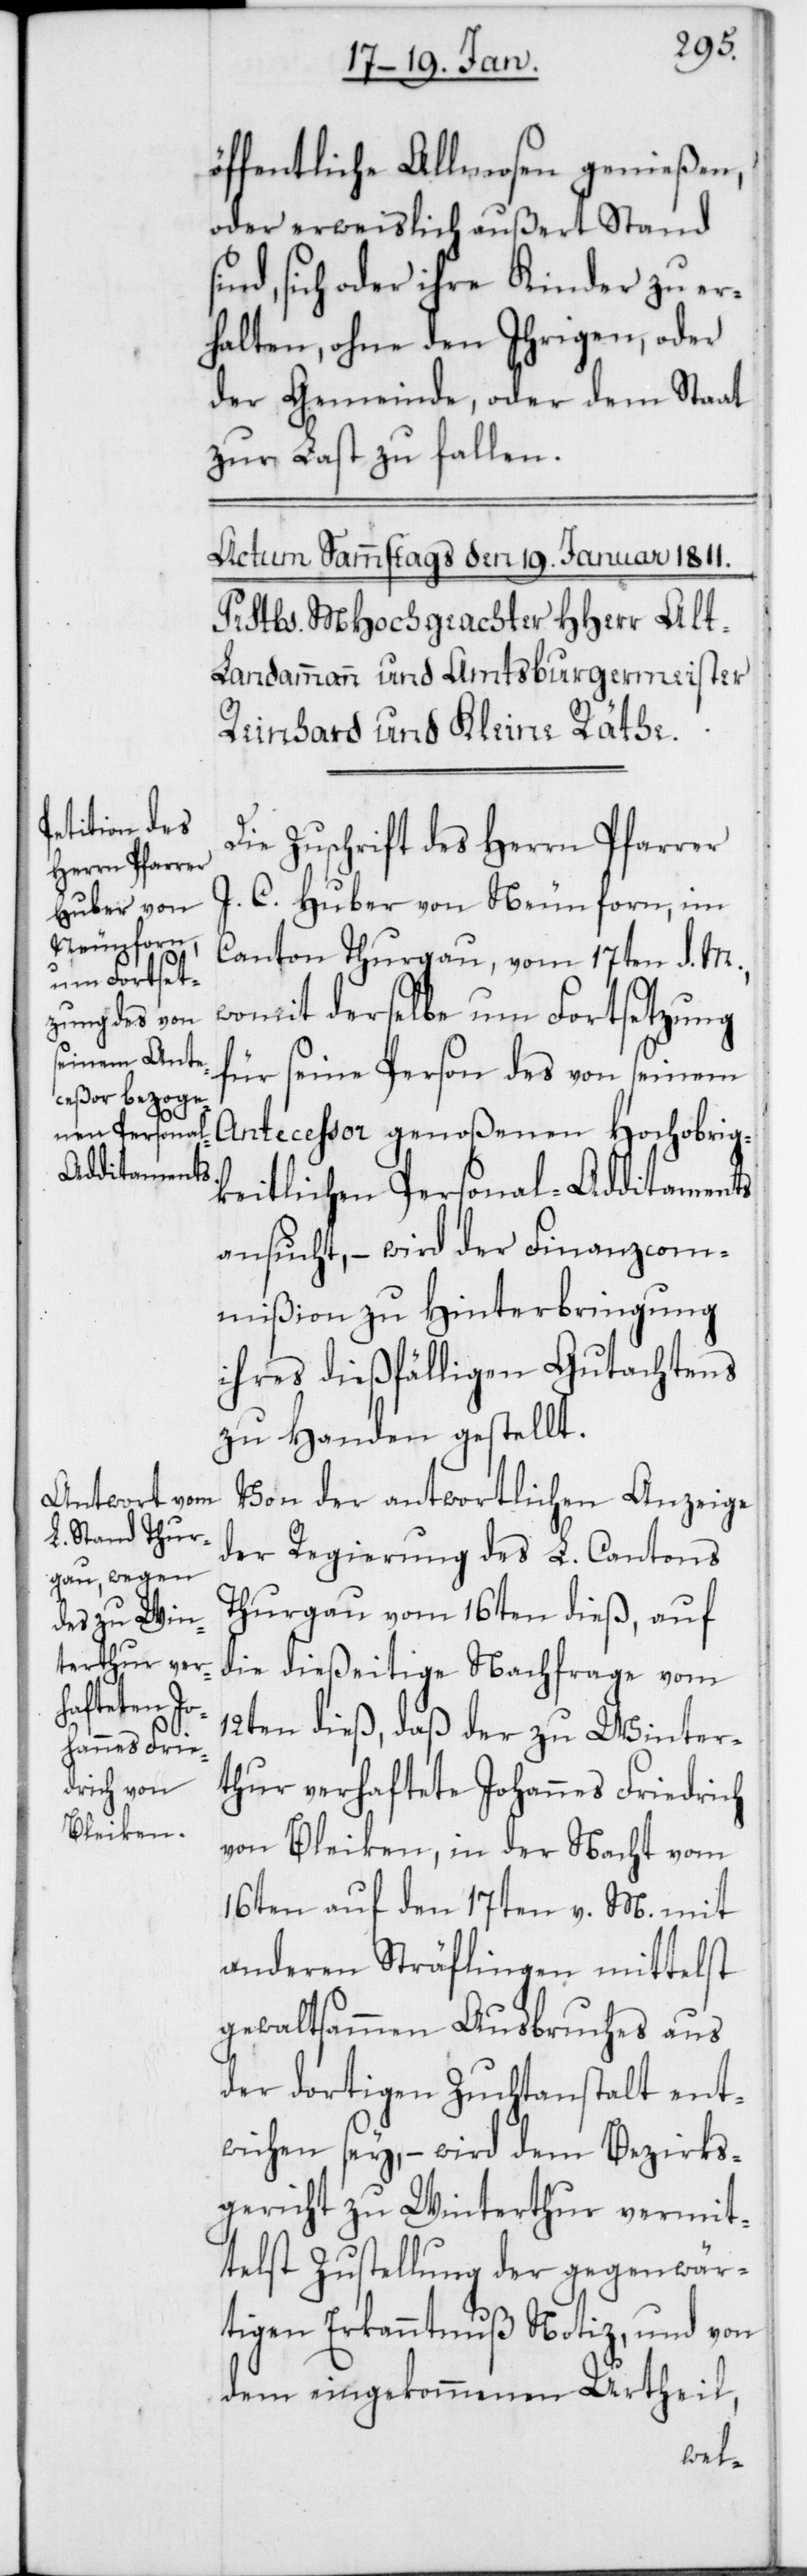
öffentliche Allmosen genießen
oder erweislich außert Stand
ind, sich oder ihre Kinder zu er¬
halten, ohne den Ihrigen, oder
der Gemeinde, oder dem Staat
zur Last zu fallen.
Die Zuschrift des Herrn Pfarrer
J. C. Huber von Neunforn im
Canton Thurgau, vom 17ten d. M.,
womit derselbe um Fortsetzung
für seine Person des von seinem
Antecessor genoßenen Hochobrig¬
keitlichen Personal-Additaments
ansucht, – wird der Finanzcom¬
mißion zu Hinterbringung
ihres dießfälligen Gutachtens
zu Handen gestellt.
Von der antwortlichen Anzeige
der Regierung des L. Cantons
Thurgau vom 16ten dieß, auf
die dießeitige Nachfrage vom
12ten dieß, daß der zu Winter¬
thur verhaftete Johannes Friedrich
von Bleiken, in der Nacht vom
16ten auf den 17ten v. M. mit
anderen Sträflingen mittelst
gewaltsammen Ausbruches aus
der dortigen Zuchtanstalt ent¬
wichen sey, – wird dem Bezirks¬
gericht zu Winterthur vermit¬
telst Zustellung der gegenwär¬
tigen Erkanntnuß Notiz, und von
dem eingekommenen Urtheil,
s¬